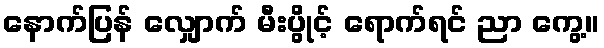
နောက်ပြန် လျှောက် မီးပွိုင့် ရောက်ရင် ညာ ကွေ့။